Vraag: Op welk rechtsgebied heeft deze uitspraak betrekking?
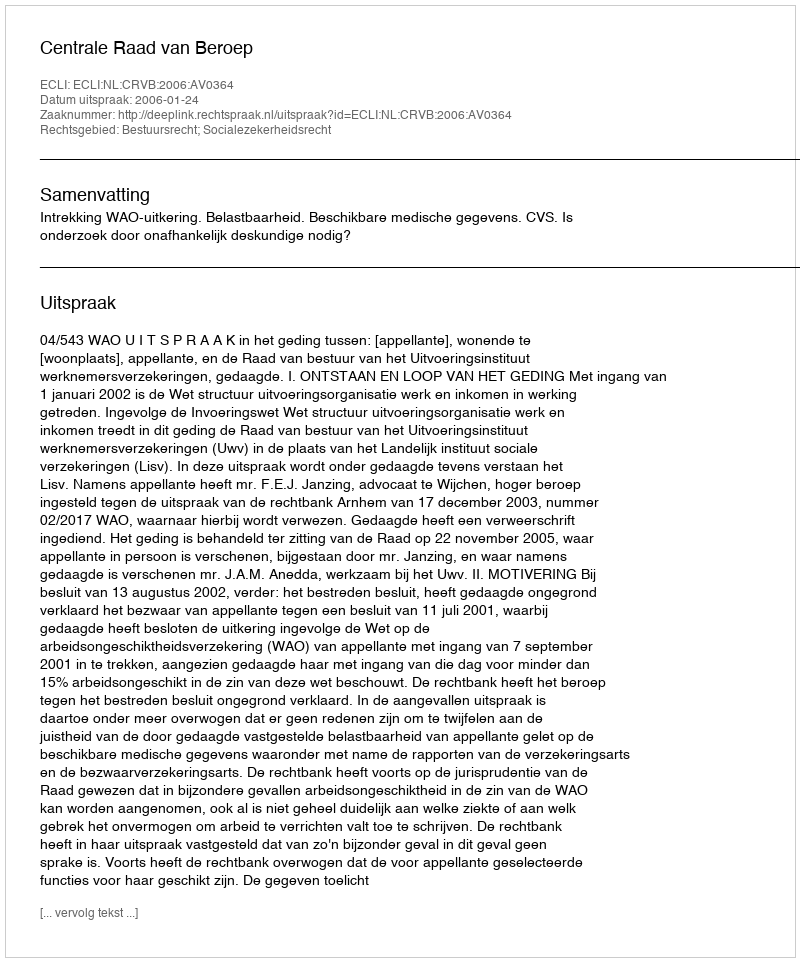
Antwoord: Bestuursrecht; Socialezekerheidsrecht